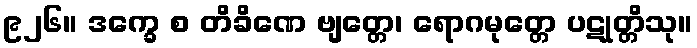
၉၂၆။ ဒက္ခေ စ တိခိဏေ ဗျတ္တေ၊ ရောဂမုတ္တေ ပဋုတ္တိသု။